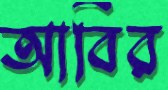
আবির